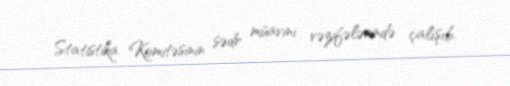
Statistika Komitəsinin sədr müavini vəzifələrində çalışıb.